DOW-UAP-D48, Department of the Air Force Report, 1996
Agency: Department of War
Incident date: 9/10/96
Page 54
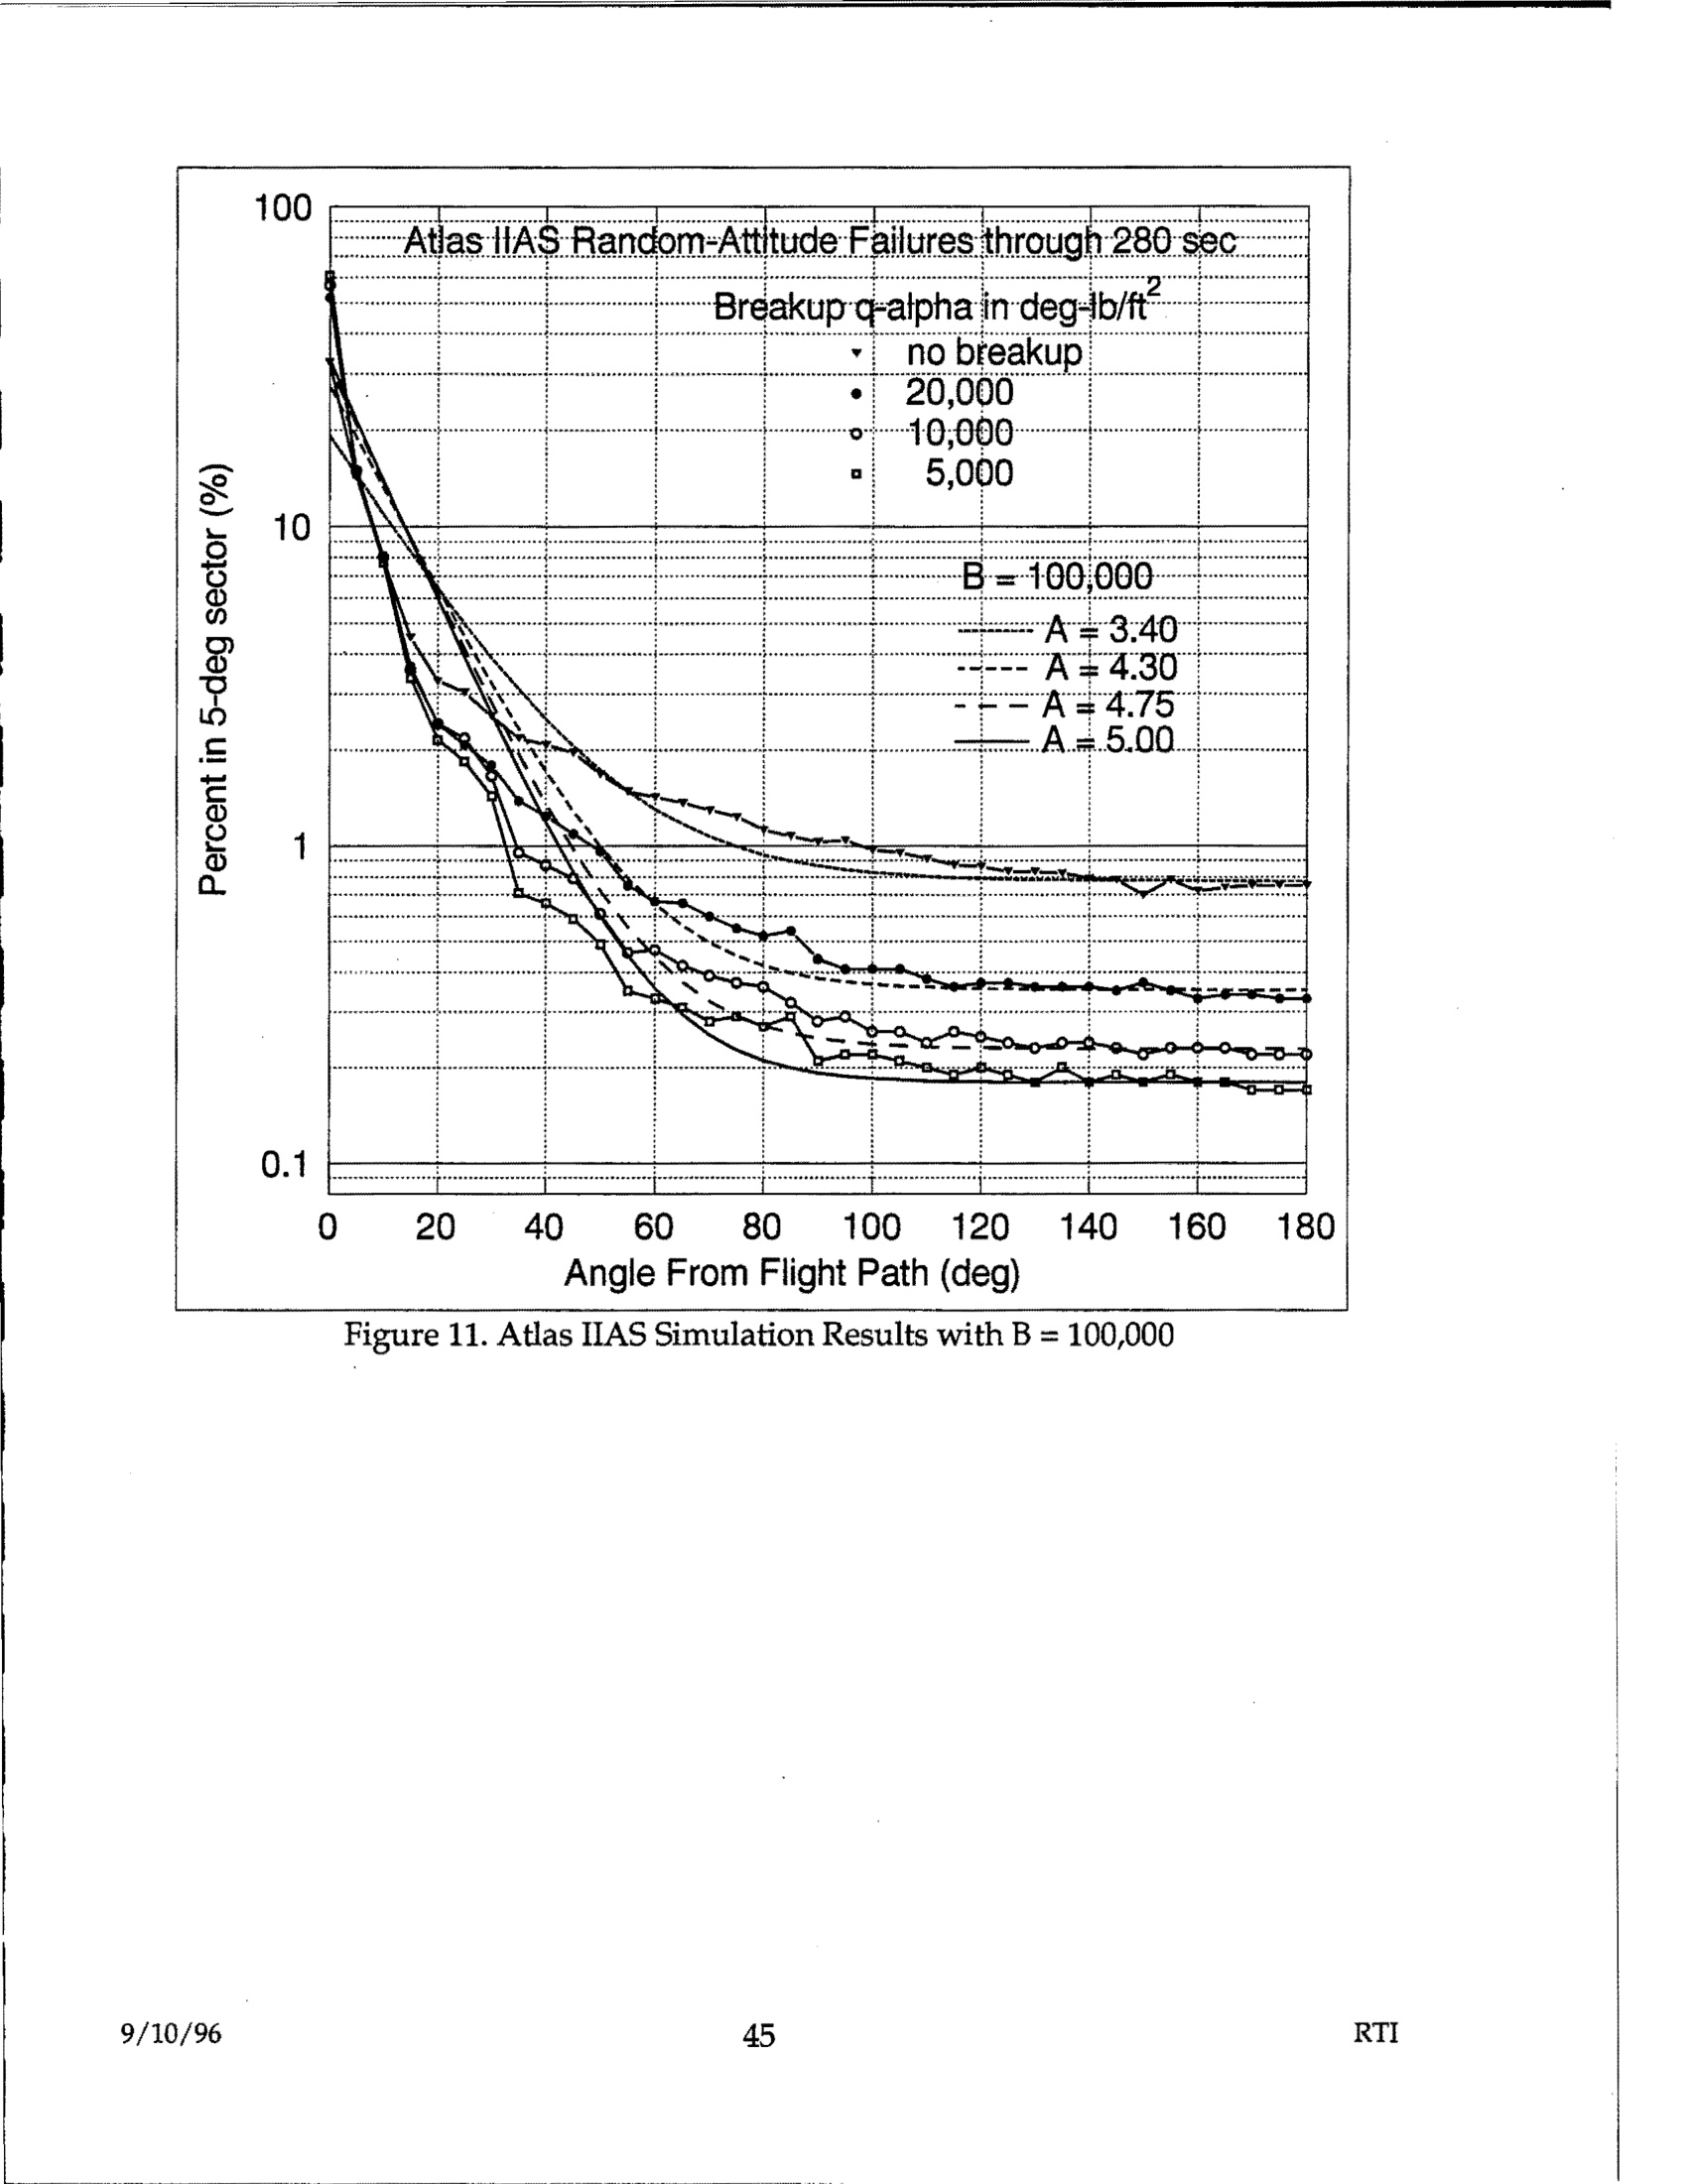